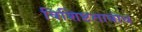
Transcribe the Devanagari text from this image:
विशिष्टताबोध